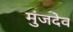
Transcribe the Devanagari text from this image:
मुंजदेव